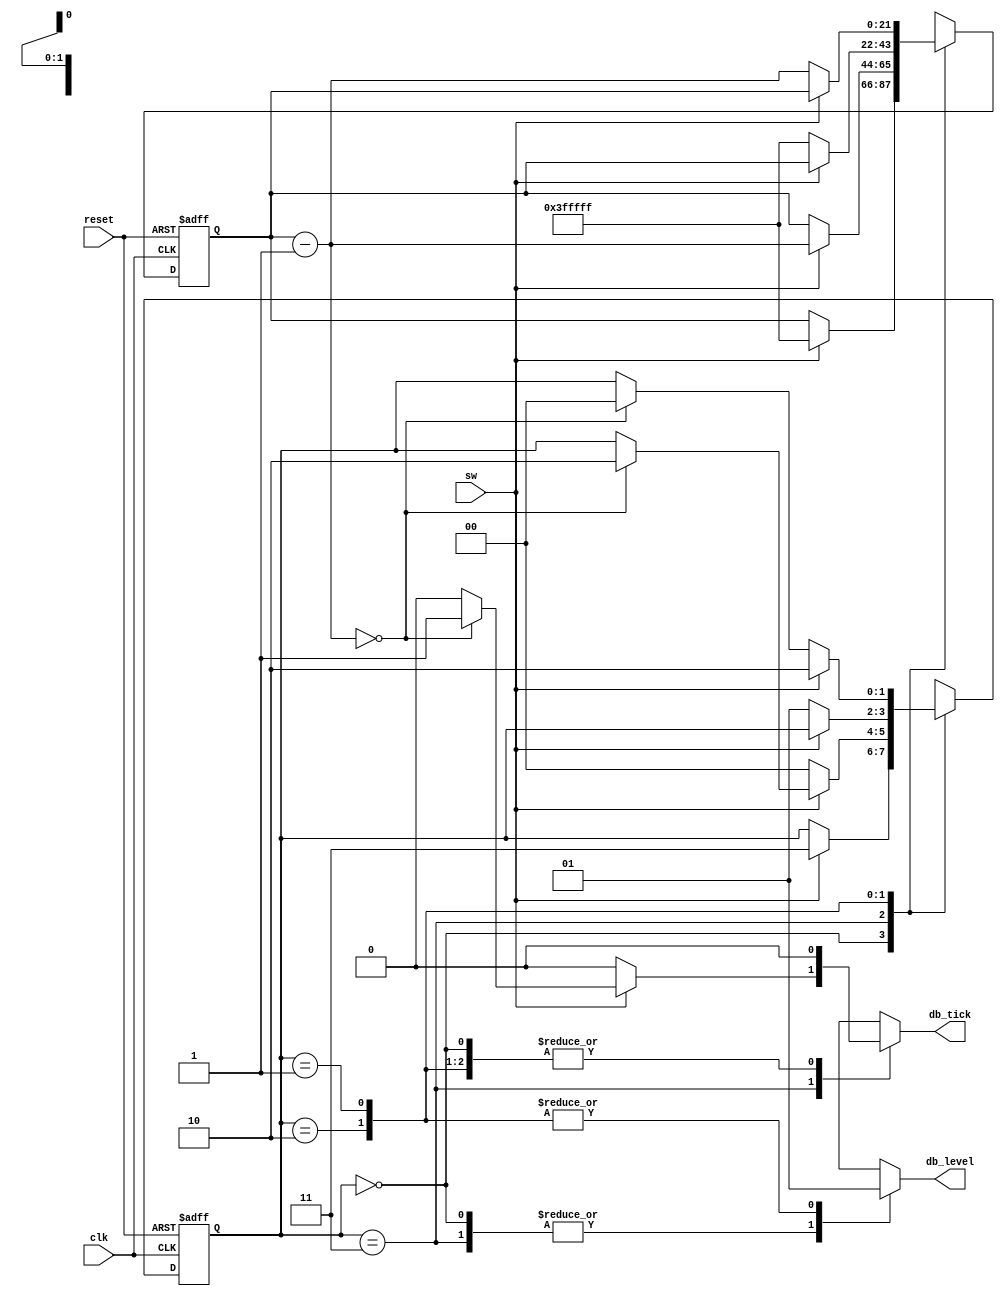
// Listing 6.2
module debounce
   (
    input wire clk, reset,
    input wire sw,
    output reg db_level, db_tick
   );

   // symbolic state declaration
   localparam  [1:0]
               zero  = 2'b00,
               wait0 = 2'b01,
               one   = 2'b10,
               wait1 = 2'b11;

   // number of counter bits (2^N * 10ns = 40ms)
   localparam N=22;

   // signal declaration
   reg [N-1:0] q_reg, q_next;
   reg [1:0] state_reg, state_next;

   // body
   // fsmd state & data registers
    always @(posedge clk, posedge reset)
       if (reset)
          begin
             state_reg <= zero;
             q_reg <= 0;
          end
       else
          begin
             state_reg <= state_next;
             q_reg <= q_next;
          end

   // next-state logic & data path functional units/routing
   always @*
   begin
      state_next = state_reg;   // default state: the same
      q_next = q_reg;           // default q: unchnaged
      db_tick = 1'b0;           // default output: 0
      case (state_reg)
         zero:
            begin
               db_level = 1'b0;
               if (sw)
                  begin
                     state_next = wait1;
                     q_next = {N{1'b1}}; // load 1..1
                  end
            end
         wait1:
            begin
               db_level = 1'b0;
               if (sw)
                  begin
                     q_next = q_reg - 1;
                     if (q_next==0)
                        begin
                           state_next = one;
                           db_tick = 1'b1;
                        end
                  end
               else // sw==0
                  state_next = zero;
            end
         one:
            begin
               db_level = 1'b1;
               if (~sw)
                  begin
                     state_next = wait0;
                     q_next = {N{1'b1}}; // load 1..1
                  end
            end
         wait0:
            begin
               db_level = 1'b1;
               if (~sw)
                  begin
                     q_next = q_reg - 1;
                     if (q_next==0)
                        state_next = zero;
                  end
               else // sw==1
                  state_next = one;

            end
         default: state_next = zero;
      endcase
   end

endmodule